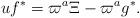
LaTeX: \begin{align*}u f^{*} = \varpi^{a} \Xi - \varpi^{a} g^{*}.\end{align*}